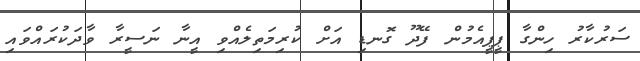
ސަރުކާރު ހިންގާ ޕީޕީއެމުން ފޭދޫ ގޮނޑި އަށް ކުރިމަތިލެއްވި އީނާ ނަސީރާ ވާދަކުރައްވައި